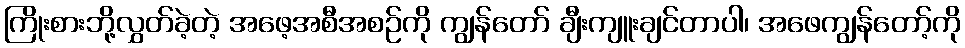
ကြိုးစားဘို့လွှတ်ခဲ့တဲ့ အဖေ့အစီအစဉ်ကို ကျွန်တော် ချီးကျူးချင်တာပါ၊ အဖေကျွန်တော့်ကို